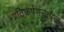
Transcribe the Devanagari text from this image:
प्रतिकर्षणउत्पन्न